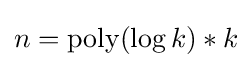
n={\text{poly}}(\log k)*k